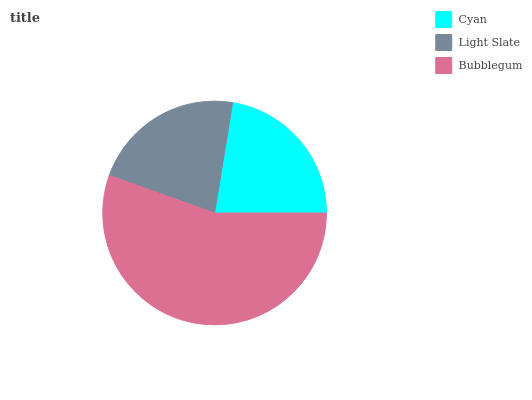
| Cyan | Light Slate | Bubblegum |
 | --- | --- | --- |
 | 22.5% | 22.1% | 55.4% |